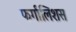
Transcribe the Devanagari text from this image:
फर्गालिशस